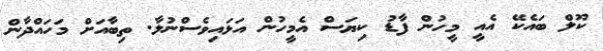
ކޫލް ބައެކޭ އެއީ މީހުން ފާޑު ކިޔަސް އެމީހުން އަޅައިވެސްނުލާ. ތިބާއަށް މަހައްދާން